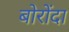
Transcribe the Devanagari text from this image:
बोरोंदा